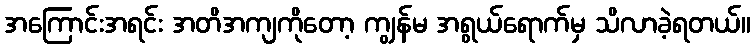
အကြောင်းအရင်း အတိအကျကိုတော့ ကျွန်မ အရွယ်ရောက်မှ သိလာခဲ့ရတယ်။